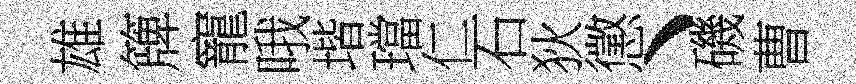
雄簰寵哦堦璫仁石狄懲、磯曹